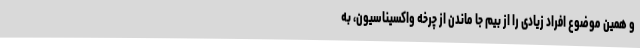
و همین موضوع افراد زیادی را از بیم جا ماندن از چرخه واکسیناسیون، به